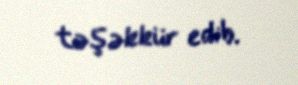
təşəkkür edib.